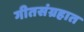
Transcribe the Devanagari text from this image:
गीतसंग्रहात